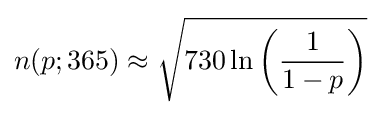
n(p;365)\approx {\sqrt {730\ln \left({\frac {1}{1-p}}\right)}}